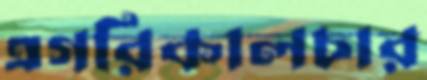
এগরিকালচার